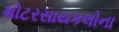
મોટરસાયકલોના